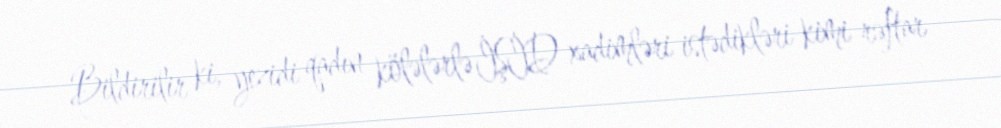
Bildirilir ki, yezidi qadın kölələrlə İŞİD xadimləri istədikləri kimi rəftar